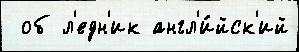
 об л'едн'ик англ'и́йск'ий